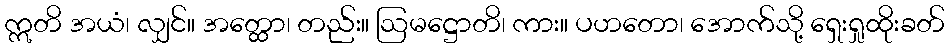
ဣတိ အယံ၊ လျှင်။ အတ္ထော၊ တည်း။ ဩမဋ္ဌောတိ၊ ကား။ ပဟတော၊ အောက်သို့ ရှေးရှုထိုးခတ်